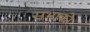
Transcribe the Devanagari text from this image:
सभाको